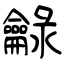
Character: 龣